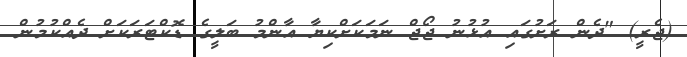
(ޖެރީ) "ދެން ރަށުގައި އުޅުނު ޖޯޖް ނަމަކަށްކިޔާ އާންމު ބަލީގެ ޑޮކްޓަރަކަށް ދެއްކުމުން